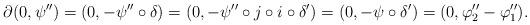
LaTeX: \begin{align*}\footnotesize\partial(0, \psi '')=(0, -\psi '' \circ \delta ) =(0, - \psi '' \circ j \circ i \circ \delta ' )=(0, -\psi \circ \delta ' )=(0, \varphi _2 '' -\varphi _1 '').\end{align*}